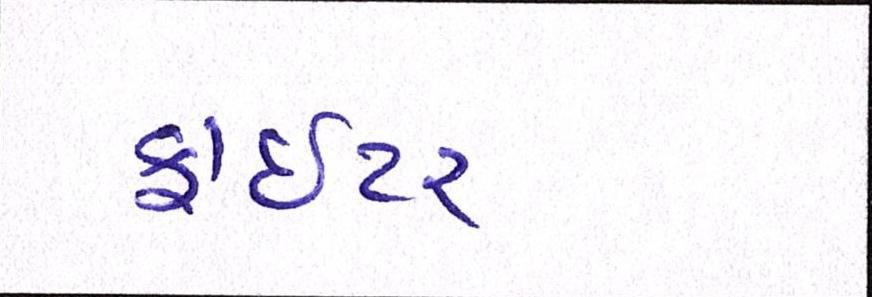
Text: ફાઈટર